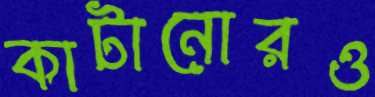
কাটানোরও